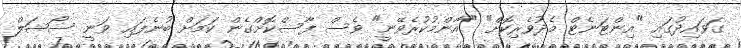
ގަވައިދުގައި "އިންޓަނެޓް މެދުވެރިކޮށް" "އާންމުކުރެވޭނީ" ވެސް ފާސްކޮށްގެން ކަމަށް ބުނެފައި ވަނީ ސޯޝަލް